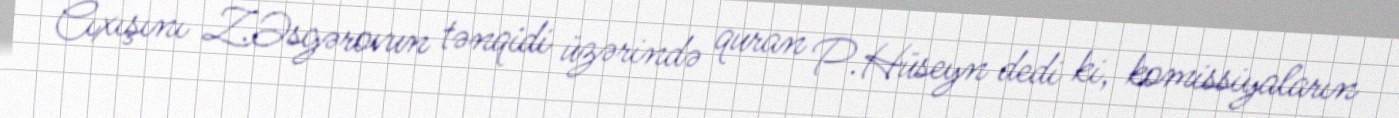
Cıxışını Z.Əsgərovun tənqidi üzərində quran P.Hüseyn dedi ki, komissiyaların